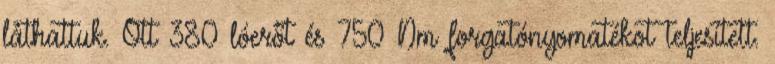
láthattuk. Ott 380 lóerőt és 750 Nm forgatónyomatékot teljesített.